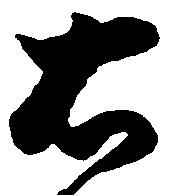
右